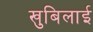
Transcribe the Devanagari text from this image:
खुबिलाई